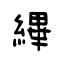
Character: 縪